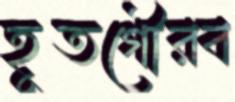
হূতগৌরব